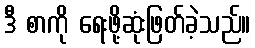
ဒီ စာကို ရေးဖို့ဆုံးဖြတ်ခဲ့သည်။